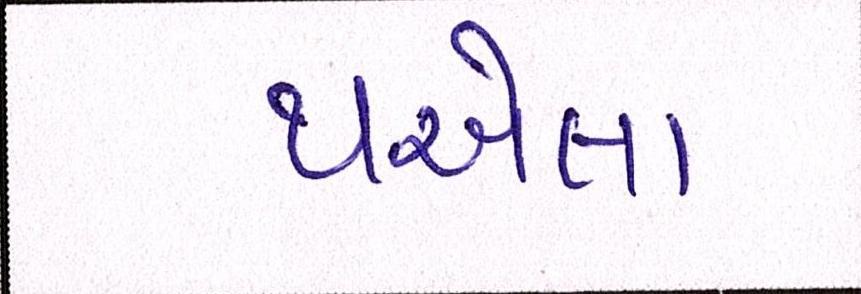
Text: થએલા